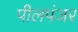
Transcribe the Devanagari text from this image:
पीलपंजर